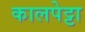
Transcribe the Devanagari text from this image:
कालपेट्टा